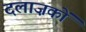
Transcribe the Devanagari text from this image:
दलाज़कों